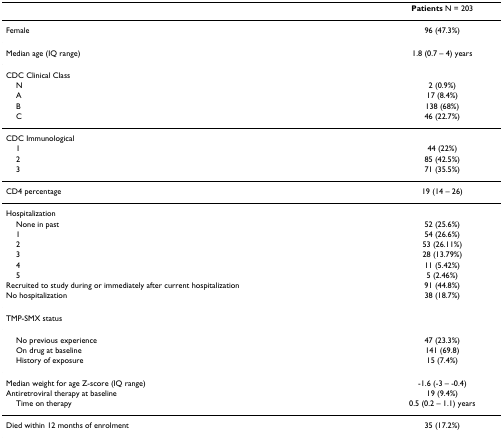
<table><thead><tr><td></td><td><b>Patients N = 203</b></td></tr></thead><tbody><tr><td>Female</td><td>96 (47.3%)</td></tr><tr><td>Median age (IQ range)</td><td>1.8 (0.7 – 4) years</td></tr><tr><td>CDC Clinical Class</td><td></td></tr><tr><td> N</td><td>2 (0.9%)</td></tr><tr><td> A</td><td>17 (8.4%)</td></tr><tr><td> B</td><td>138 (68%)</td></tr><tr><td> C</td><td>46 (22.7%)</td></tr><tr><td>CDC Immunological</td><td></td></tr><tr><td> 1</td><td>44 (22%)</td></tr><tr><td> 2</td><td>85 (42.5%)</td></tr><tr><td> 3</td><td>71 (35.5%)</td></tr><tr><td>CD4 percentage</td><td>19 (14 – 26)</td></tr><tr><td>Hospitalization</td><td></td></tr><tr><td> None in past</td><td>52 (25.6%)</td></tr><tr><td> 1</td><td>54 (26.6%)</td></tr><tr><td> 2</td><td>53 (26.11%)</td></tr><tr><td> 3</td><td>28 (13.79%)</td></tr><tr><td> 4</td><td>11 (5.42%)</td></tr><tr><td> 5</td><td>5 (2.46%)</td></tr><tr><td>Recruited to study during or immediately after current hospitalization</td><td>91 (44.8%)</td></tr><tr><td>No hospitalization</td><td>38 (18.7%)</td></tr><tr><td>TMP-SMX status</td><td></td></tr><tr><td> No previous experience</td><td>47 (23.3%)</td></tr><tr><td> On drug at baseline</td><td>141 (69.8)</td></tr><tr><td> History of exposure</td><td>15 (7.4%)</td></tr><tr><td>Median weight for age Z-score (IQ range)</td><td>-1.6 (-3 – -0.4)</td></tr><tr><td>Antiretroviral therapy at baseline</td><td>19 (9.4%)</td></tr><tr><td> Time on therapy</td><td>0.5 (0.2 – 1.1) years</td></tr><tr><td>Died within 12 months of enrolment</td><td>35 (17.2%)</td></tr></tbody></table>